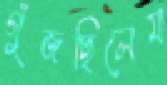
গুঁজছিলেম